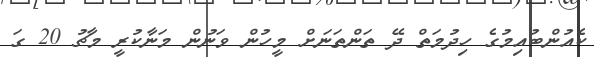
ކެއުންބުއިމުގެ ހިދުމަތް ދޭ ތަންތަނަށް މީހުން ވަނުން މަނާކުރީ މާޗު 20 ގަ